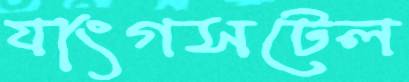
যাংগসটেল